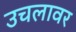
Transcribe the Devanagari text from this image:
उचलावर